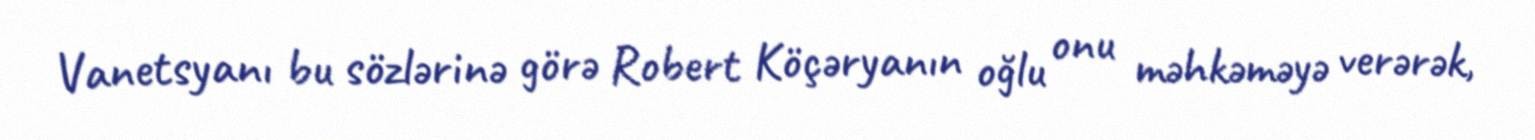
Vanetsyanı bu sözlərinə görə Robert Köçəryanın oğlu onu məhkəməyə verərək,